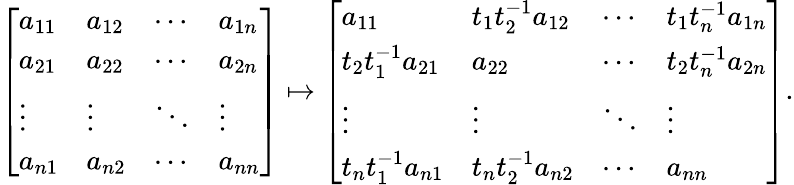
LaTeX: {\left[\begin{array}{llll}{a_{11}}&{a_{12}}&{\cdots}&{a_{1n}}\\ {a_{21}}&{a_{22}}&{\cdots}&{a_{2n}}\\ {\vdots}&{\vdots}&{\ddots}&{\vdots}\\ {a_{n1}}&{a_{n2}}&{\cdots}&{a_{nn}}\end{array}\right]}\mapsto{\left[\begin{array}{llll}{a_{11}}&{t_{1}t_{2}^{-1}a_{12}}&{\cdots}&{t_{1}t_{n}^{-1}a_{1n}}\\ {t_{2}t_{1}^{-1}a_{21}}&{a_{22}}&{\cdots}&{t_{2}t_{n}^{-1}a_{2n}}\\ {\vdots}&{\vdots}&{\ddots}&{\vdots}\\ {t_{n}t_{1}^{-1}a_{n1}}&{t_{n}t_{2}^{-1}a_{n2}}&{\cdots}&{a_{nn}}\end{array}\right]}.